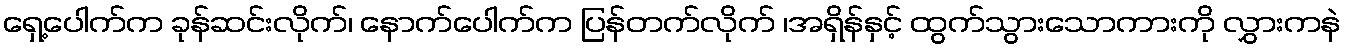
ရှေ့ပေါက်က ခုန်ဆင်းလိုက်၊ နောက်ပေါက်က ပြန်တက်လိုက် ၊အရှိန်နှင့် ထွက်သွားသောကားကို လွှားကနဲ